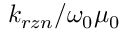
{ k _ { r z n } / { \omega _ { 0 } \mu _ { 0 } } }